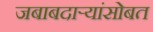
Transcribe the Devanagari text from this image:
जबाबदाऱ्यांसोबत